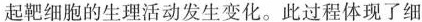
起靶细胞的生理活动发生变化。此过程体现了细